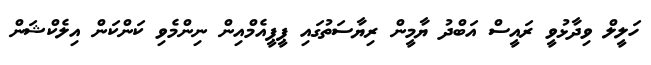
ހަލީލް ވިދާޅުވީ ރައީސް އަބްދު ޔާމީން ރިޔާސަތުގައި ޕީޕީއެމްއިން ނިންމެވި ކަންކަން އިލެކްޝަން